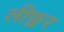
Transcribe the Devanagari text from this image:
लीफ्लर